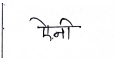
मजकूर: ऐनी